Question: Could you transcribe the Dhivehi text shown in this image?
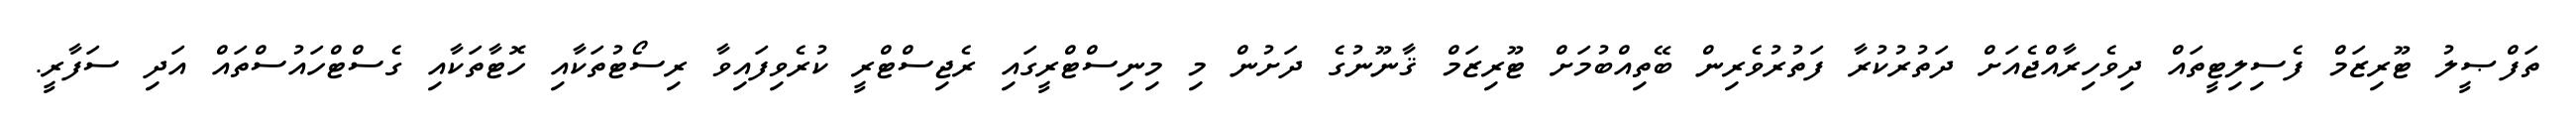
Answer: ތަފްޞީލު ޓޫރިޒަމް ފެސިލިޓީތައް ދިވެހިރާއްޖެއަށް ދަތުރުކުރާ ފަތުރުވެރިން ބޭތިއްބުމަށް ޓޫރިޒަމް ޤާނޫނުގެ ދަށުން މި މިނިސްޓްރީގައި ރެޖިސްޓްރީ ކުރެވިފައިވާ ރިސޯޓުތަކާއި ހޮޓާތަކާއި ގެސްޓްހައުސްތައް އަދި ސަފާރީ.